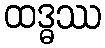
ထဒ္ဓဿ